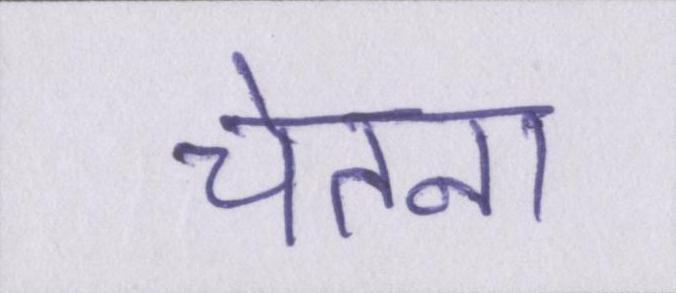
चेतना